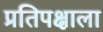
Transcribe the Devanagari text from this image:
प्रतिपक्षाला